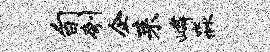
旬刳企耒嶙淼